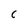
Character: C